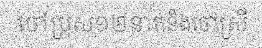
ចៅប្រុស១២នាក់និងចៅស្រី